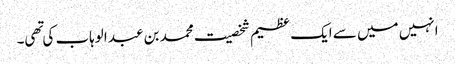
انہیں میں سے ایک عظیم شخصیت محمد بن عبد الوہاب کی تهی۔